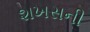
શખસની